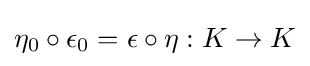
\eta _{0}\circ \epsilon _{0}=\epsilon \circ \eta :K\to K